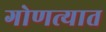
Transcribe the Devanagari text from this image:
गोणत्यात